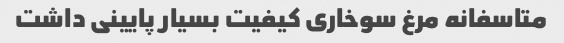
متاسفانه مرغ سوخاری کیفیت بسیار پایینی داشت